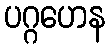
ပဂ္ဂဟေန